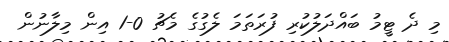
މި ދެ ޓީމު ބައްދަލުކުރި ފުރަތަމަ ލެގުގެ މެޗު 0-1 އިން މިލާނުން